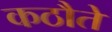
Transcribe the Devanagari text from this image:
कठौते